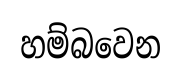
හම්බවෙන